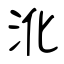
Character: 沎